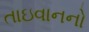
તાઇવાનનો